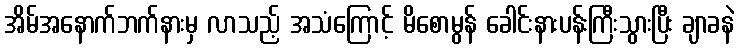
အိမ်အနောက်ဘက်နားမှ လာသည့် အသံကြောင့် မိစောမွန် ခေါင်းနားပန်းကြီးသွားပြီး ချာခနဲ